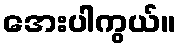
အေးပါကွယ်။